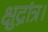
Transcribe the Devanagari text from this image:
क्षुद्रांत्र।